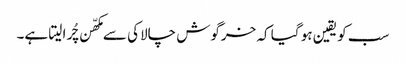
سب کو یقین ہو گیا کہ خرگوش چالاکی سے مکھّن چُرا لیتا ہے۔